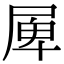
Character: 𡲎